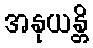
အနုယန္တိ